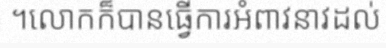
។លោកក៏បានធ្វើការអំពាវនាវដល់